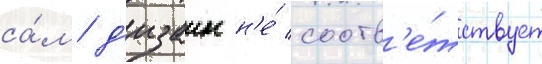
са́м д'изаин н'е́ соотв'е́тствует